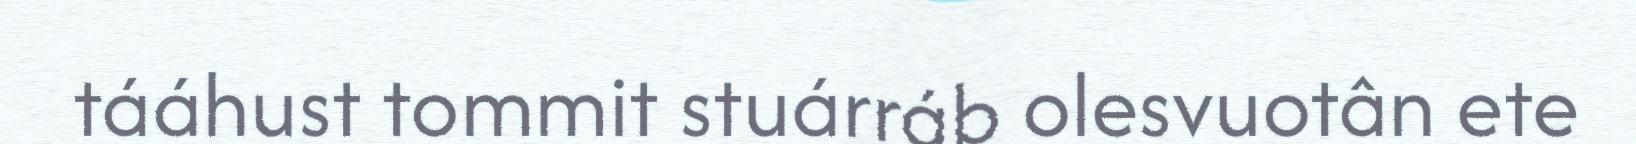
tááhust tommit stuárráb olesvuotân ete